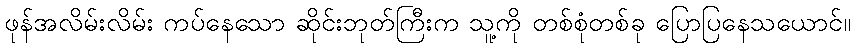
ဖုန်အလိမ်းလိမ်း ကပ်နေသော ဆိုင်းဘုတ်ကြီးက သူ့ကို တစ်စုံတစ်ခု ပြောပြနေသယောင်။